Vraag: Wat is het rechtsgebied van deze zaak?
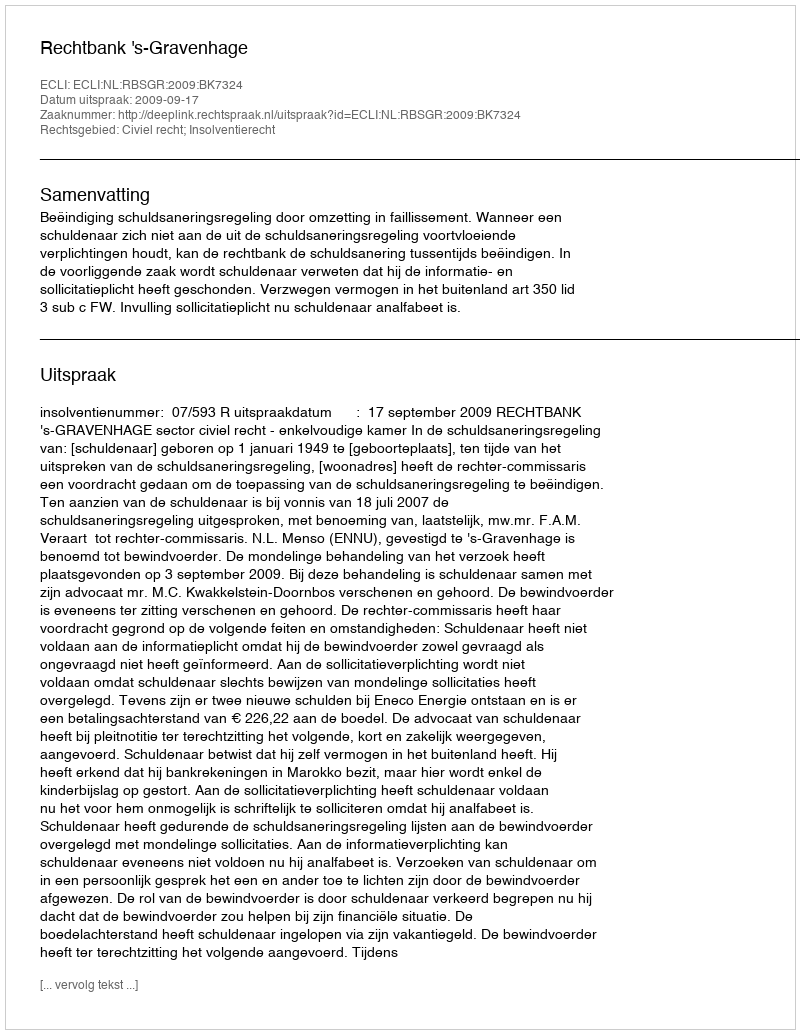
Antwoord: Civiel recht; Insolventierecht